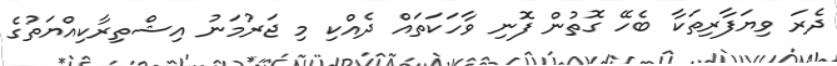
ދެރަ ވިޔަފާރިތަކާ ބެހޭ ގޮތުން ފޮނި ވާހަކަތައް ދެއްކި މި ޖަރުމަނު އިޝްތިރާކިއްޔަތުގެ